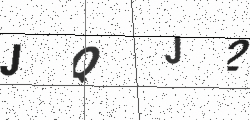
Text: JQJ2